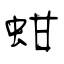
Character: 蚶